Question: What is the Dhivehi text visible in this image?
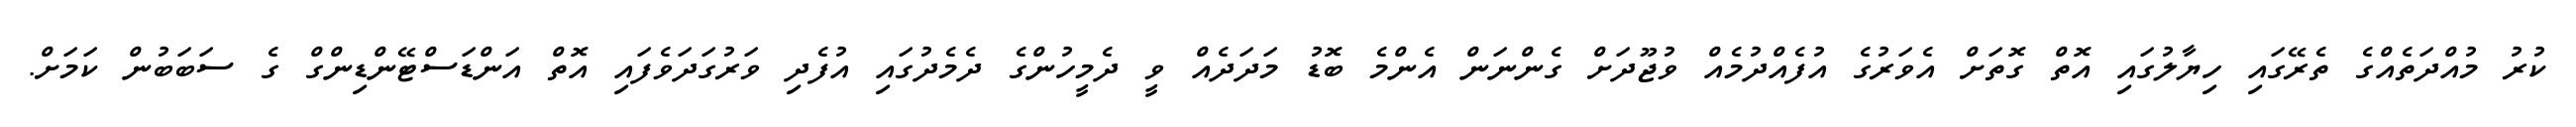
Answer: ކުރު މުއްދަތެއްގެ ތެރޭގައި ހިޔާލުގައި އޮތް ގޮތަށް އެވަރުގެ އުފެއްދުމެއް ވުޖޫދަށް ގެންނަން އެންމެ ބޮޑު މަދަދެއް ވީ ދެމީހުންގެ ދެމެދުގައި އުފެދި ވަރުގަދަވެފައި އޮތް އަންޑަސްޓޭންޑިންގް ގެ ސަބަބުން ކަމަށް.